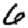
Digit: 6